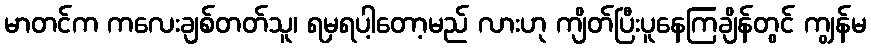
မာတင်က ကလေးချစ်တတ်သူ၊ ရမှရပါ့တော့မည် လားဟု ကျိတ်ပြီးပူနေကြချိန်တွင် ကျွန်မ